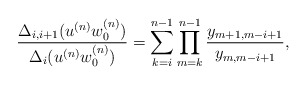
\begin{align*} \frac{\Delta_{i,i+1}(u^{(n)}w_0^{(n)})}{\Delta_i(u^{(n)}w_0^{(n)})}=\sum_{k=i}^{n-1}\prod_{m=k}^{n-1}\frac{y_{m+1,m-i+1}}{y_{m,m-i+1}},\end{align*}